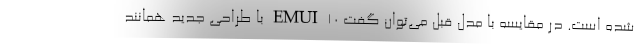
شده است. در مقایسه با مدل قبل می‌توان گفت EMUI 10 با طراحی جدید همانند